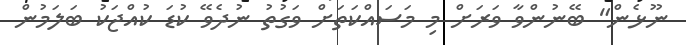
ނޫޅެން" ބޭނުންވާ ވަރަށް މި މަސައްކަތަށް ވަގުތު ނުދެވޭ ކުޑަ ކުއްޖަކު ބަލަމުން